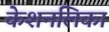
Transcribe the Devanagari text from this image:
केशनलिका